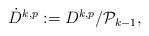
LaTeX: \begin{align*}\left. \begin{array}{c}\dot{D}^{k,p}:=D^{k,p}/\mathcal{P}_{k-1},\end{array}\right. \end{align*}